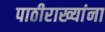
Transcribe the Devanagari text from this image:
पाठीराख्यांना